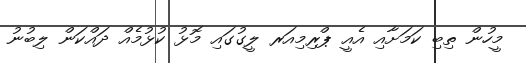
މީހުން ތިބި ކަމަށާއި އެއީ ޕްރިމިއަރ ލީގުގައި މޮޅު ކުޅުމެއް ދައްކަން ލިބުނު